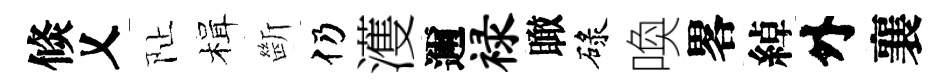
倐乂阯楫㫁仍濩邇禄瞰碌喚畧綽外襄